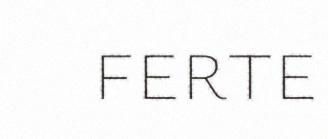
ferte